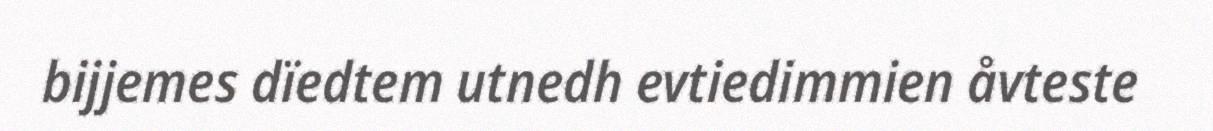
bijjemes dïedtem utnedh evtiedimmien åvteste